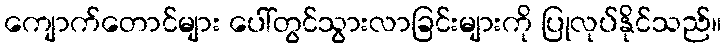
ကျောက်တောင်များ ပေါ်တွင်သွားလာခြင်းများကို ပြုလုပ်နိုင်သည်။